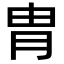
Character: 胄